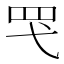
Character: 𮉽